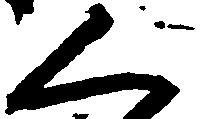
く